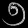
Digit: ၅